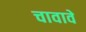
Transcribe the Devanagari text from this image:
चावावे